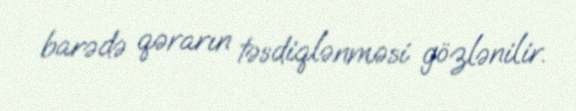
barədə qərarın təsdiqlənməsi gözlənilir.